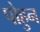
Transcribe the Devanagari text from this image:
पोहुन